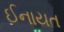
ઈનાયત